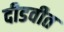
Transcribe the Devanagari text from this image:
दीडवीत